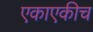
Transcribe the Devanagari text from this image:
एकाएकीच